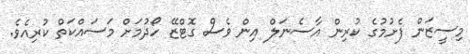
މިސީޒަން ފެށުމުގެ ކުރިން އާސެނަލް އިން ވެސް ގޮޓްޒޭ ހޯދުމަށް މަސައްކަތް ކުރިއެވެ.